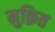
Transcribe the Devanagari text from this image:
मुक़ित